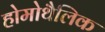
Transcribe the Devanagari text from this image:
होमोथैलिक